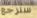
سترجع